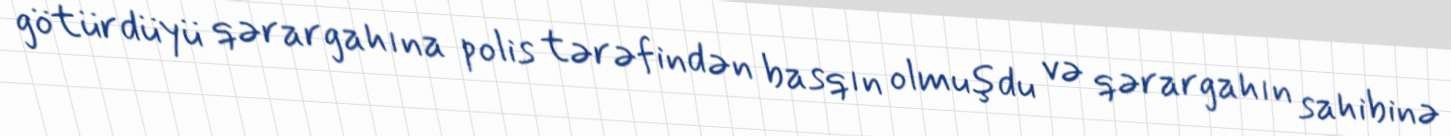
götürdüyü qərargahına polis tərəfindən basqın olmuşdu və qərargahın sahibinə